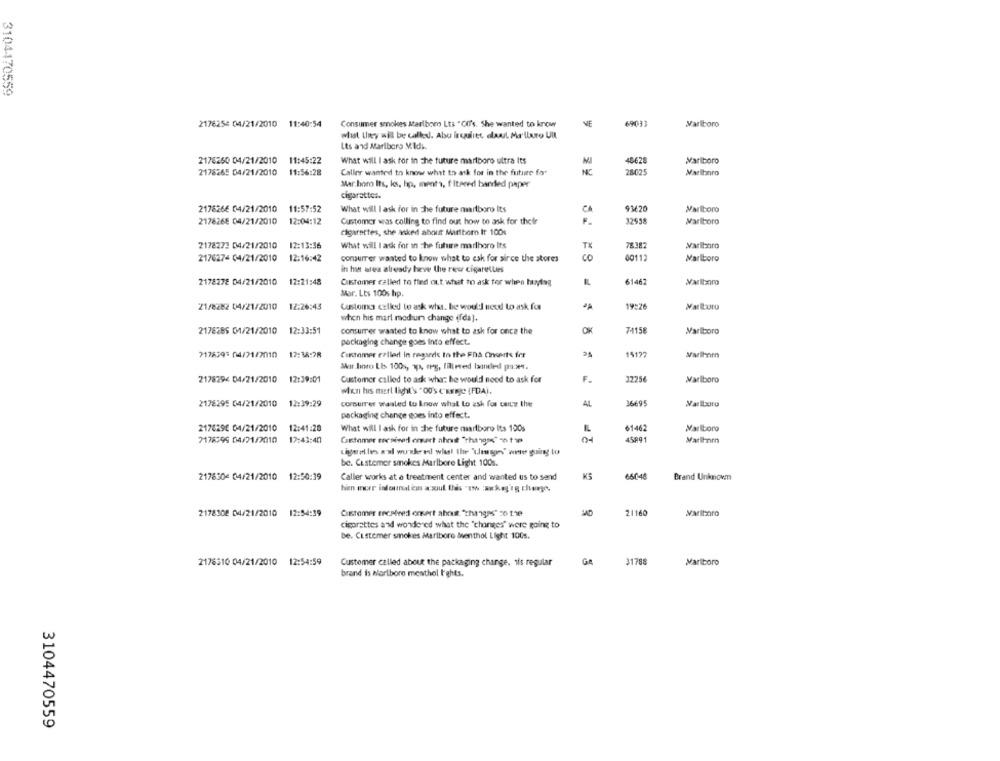
3104470559
Consumer smokes Marlboro Lts "Co's. She wanted to know
VE
6903
2176256 04/21/2010 11:40:54
Marlboro
what they will be called. Abu ircaulitt olat Ma'luro Uit
Lts and Marlboro M.Idk.
2178260 04/21/2010
11:45:22
What will I ask for in The future marlboro ultra Its
45625
Marlboro
2178265 04/21/2010
11:56:28
Caller wanted to know what to ask for in the future fo
NC
26025
Marlboro
Mar.boro Its, ks, hp, menta, filtered barred paper"
cigarettes.
2178266 04/21/2010
11:57:52
What will I ask for in The future marlboro Its
93620
Marlboro
2178268 04/21/2010
12:04:12
Customer was colling to find out how to ask for their
F.
32558
Marlboro
cigarettes, she asked about Marlboro It 100
2178273 04/21/2010
12:13:36
78387
What will I ask for in the future marlboro Its
TX
Marlboro
2176274 04/21/2010
12:16:42
corsurrer wanted to know what to esk for since the stores
co
00112
Marlboro
in het area already have the rew cigarellees
2178278 04/21/2010
12:21:48
Customer called to find out what to ask for when buying
61467
Marlboro
Mar. Lts 1005 hp.
19:76
21/8282 04/21/2010
12:26:43
Customs called to ask what. he would need to ask for
Marlboro
when his marl modium change (fda).
2178266 01/21/2010 12:33:51
consurrer wanted to know what to ask for once the
74158
Marlboro
packaging change goes Into effect.
7178393 04/21/2010
17:38:28
Circamer called in regards to the FRA Concerts fer
1517
Mur.binto Lbs 1001, 3px, erg, filtered banded pa :**.
2178294 04/21/2010 12:39:01
Customer called to ask what he would need to ask for
F.
32256
Marlboro
when his mert light's "OU's c'sige (FDA).
2178295 04/21/2010
12:39:29
corsurrer wanted to know what to ask for cats the
AL
36695
packaging change goes into effect.
2170290 04/21/2010
12:41:20
Marlboro
What will I ask for in the future marlboro Its 100s
61462
7178395 04/21/2010
12:43:40
Cutomer termined omart ahruit "thangod" on tap
45891
cigaret les a'ul wurskred what the "\lesson" wwww going to
be. Customer smokes Marlbore Light 100s.
2178304 04/21/2010
12:50:39
Caller works at a treatment center and wanted us to send
6604
Brand Unknown
2178308 04/21/2010
12:54:39
Customer received onsert about "thangas" co the
21160
Varitro
cisprattes and wondered what the "changes" were going to
be. Cistemer smokes Marlboro Menthol Light 100s.
2176510 04/21/2010 12:54:59
Customer called about the packaging change. 1is regular
Ga
31788
Marlboro
brand is horiboro menthol I'ghts.
3104470559